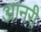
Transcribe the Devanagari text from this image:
आनरी